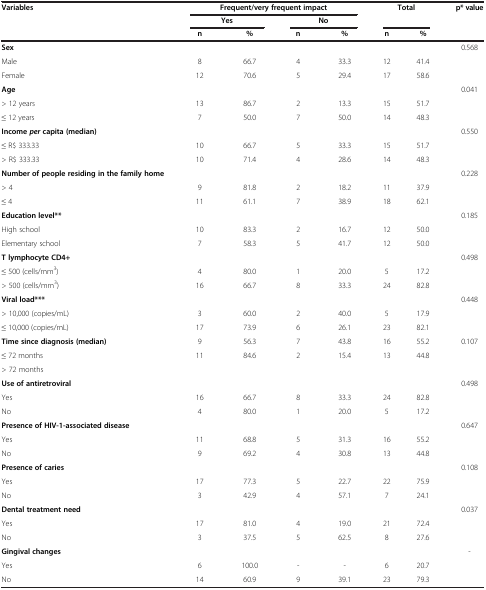
<table><thead><tr><td><b>Variables</b></td><td colspan="4"><b>Frequent/very frequent impact</b></td><td rowspan="2" colspan="2"><b>Total</b></td><td><b>p* value</b></td></tr><tr><td><b> </b></td><td colspan="2"><b>Yes</b></td><td colspan="2"><b>No</b></td><td><b> </b></td></tr><tr><td><b> </b></td><td><b>n</b></td><td><b>%</b></td><td><b>n</b></td><td><b>%</b></td><td><b>n</b></td><td><b>%</b></td><td><b> </b></td></tr></thead><tbody><tr><td><b>Sex</b></td><td> </td><td> </td><td> </td><td> </td><td> </td><td> </td><td>0.568</td></tr><tr><td>Male</td><td>8</td><td>66.7</td><td>4</td><td>33.3</td><td>12</td><td>41.4</td><td> </td></tr><tr><td>Female</td><td>12</td><td>70.6</td><td>5</td><td>29.4</td><td>17</td><td>58.6</td><td> </td></tr><tr><td><b>Age</b></td><td> </td><td> </td><td> </td><td> </td><td> </td><td> </td><td>0.041</td></tr><tr><td>&gt; 12 years</td><td>13</td><td>86.7</td><td>2</td><td>13.3</td><td>15</td><td>51.7</td><td> </td></tr><tr><td>≤ 12 years</td><td>7</td><td>50.0</td><td>7</td><td>50.0</td><td>14</td><td>48.3</td><td> </td></tr><tr><td><b>Income </b><b><i>per </i></b><b>capita (median)</b></td><td> </td><td> </td><td> </td><td> </td><td> </td><td> </td><td>0.550</td></tr><tr><td>≤ R$ 333.33</td><td>10</td><td>66.7</td><td>5</td><td>33.3</td><td>15</td><td>51.7</td><td> </td></tr><tr><td>&gt; R$ 333.33</td><td>10</td><td>71.4</td><td>4</td><td>28.6</td><td>14</td><td>48.3</td><td> </td></tr><tr><td><b>Number of people residing in the family home</b></td><td> </td><td> </td><td> </td><td> </td><td> </td><td> </td><td>0.228</td></tr><tr><td>&gt; 4</td><td>9</td><td>81.8</td><td>2</td><td>18.2</td><td>11</td><td>37.9</td><td> </td></tr><tr><td>≤ 4</td><td>11</td><td>61.1</td><td>7</td><td>38.9</td><td>18</td><td>62.1</td><td> </td></tr><tr><td><b>Education level**</b></td><td> </td><td> </td><td> </td><td> </td><td> </td><td> </td><td>0.185</td></tr><tr><td>High school</td><td>10</td><td>83.3</td><td>2</td><td>16.7</td><td>12</td><td>50.0</td><td> </td></tr><tr><td>Elementary school</td><td>7</td><td>58.3</td><td>5</td><td>41.7</td><td>12</td><td>50.0</td><td> </td></tr><tr><td><b>T lymphocyte CD4+</b></td><td> </td><td> </td><td> </td><td> </td><td> </td><td> </td><td>0.498</td></tr><tr><td>≤ 500 (cells/mm<sup>3</sup>)</td><td>4</td><td>80.0</td><td>1</td><td>20.0</td><td>5</td><td>17.2</td><td> </td></tr><tr><td>&gt; 500 (cells/mm<sup>3</sup>)</td><td>16</td><td>66.7</td><td>8</td><td>33.3</td><td>24</td><td>82.8</td><td> </td></tr><tr><td><b>Viral load***</b></td><td> </td><td> </td><td> </td><td> </td><td> </td><td> </td><td>0.448</td></tr><tr><td>&gt; 10,000 (copies/mL)</td><td>3</td><td>60.0</td><td>2</td><td>40.0</td><td>5</td><td>17.9</td><td> </td></tr><tr><td>≤ 10,000 (copies/mL)</td><td>17</td><td>73.9</td><td>6</td><td>26.1</td><td>23</td><td>82.1</td><td> </td></tr><tr><td><b>Time since diagnosis (median)</b></td><td>9</td><td>56.3</td><td>7</td><td>43.8</td><td>16</td><td>55.2</td><td>0.107</td></tr><tr><td>≤ 72 months</td><td>11</td><td>84.6</td><td>2</td><td>15.4</td><td>13</td><td>44.8</td><td> </td></tr><tr><td>&gt; 72 months</td><td> </td><td> </td><td> </td><td> </td><td> </td><td> </td><td> </td></tr><tr><td><b>Use of antiretroviral</b></td><td> </td><td> </td><td> </td><td> </td><td> </td><td> </td><td>0.498</td></tr><tr><td>Yes</td><td>16</td><td>66.7</td><td>8</td><td>33.3</td><td>24</td><td>82.8</td><td> </td></tr><tr><td>No</td><td>4</td><td>80.0</td><td>1</td><td>20.0</td><td>5</td><td>17.2</td><td> </td></tr><tr><td><b>Presence of HIV-1-associated disease</b></td><td> </td><td> </td><td> </td><td> </td><td> </td><td> </td><td>0.647</td></tr><tr><td>Yes</td><td>11</td><td>68.8</td><td>5</td><td>31.3</td><td>16</td><td>55.2</td><td> </td></tr><tr><td>No</td><td>9</td><td>69.2</td><td>4</td><td>30.8</td><td>13</td><td>44.8</td><td> </td></tr><tr><td><b>Presence of caries</b></td><td> </td><td> </td><td> </td><td> </td><td> </td><td> </td><td>0.108</td></tr><tr><td>Yes</td><td>17</td><td>77.3</td><td>5</td><td>22.7</td><td>22</td><td>75.9</td><td> </td></tr><tr><td>No</td><td>3</td><td>42.9</td><td>4</td><td>57.1</td><td>7</td><td>24.1</td><td> </td></tr><tr><td><b>Dental treatment need</b></td><td> </td><td> </td><td> </td><td> </td><td> </td><td> </td><td>0.037</td></tr><tr><td>Yes</td><td>17</td><td>81.0</td><td>4</td><td>19.0</td><td>21</td><td>72.4</td><td> </td></tr><tr><td>No</td><td>3</td><td>37.5</td><td>5</td><td>62.5</td><td>8</td><td>27.6</td><td> </td></tr><tr><td><b>Gingival changes</b></td><td> </td><td> </td><td> </td><td> </td><td> </td><td> </td><td>-</td></tr><tr><td>Yes</td><td>6</td><td>100.0</td><td>-</td><td>-</td><td>6</td><td>20.7</td><td> </td></tr><tr><td>No</td><td>14</td><td>60.9</td><td>9</td><td>39.1</td><td>23</td><td>79.3</td><td> </td></tr></tbody></table>